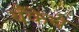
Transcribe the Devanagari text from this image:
बँकेचे